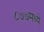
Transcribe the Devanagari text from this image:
८७७मध्ये